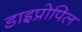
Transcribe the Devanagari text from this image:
डाइप्रोपिल